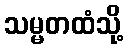
သမ္မတထံသို့